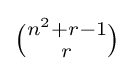
{\tbinom {n^{2}+r-1}{r}}